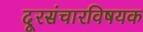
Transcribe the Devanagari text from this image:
दूरसंचारविषयक